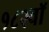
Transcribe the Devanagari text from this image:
१८२वॉ